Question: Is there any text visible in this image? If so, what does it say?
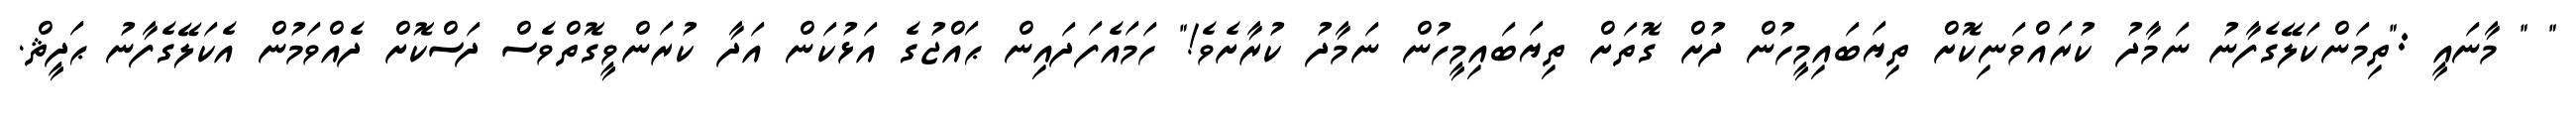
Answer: " " މާނައީ :"ތިމަންކަލޭގެފާނު ނަމާދު ކުރައްވަނިކޮށް ތިޔަބައިމީހުން ދުށް ގޮތަށް ތިޔަބައިމީހުން ނަމާދު ކުރާށެވެ!" ހަމައެފަދައިން ޙައްޖުގެ އަޅުކަން އަދާ ކުރަންވީގޮތްވެސް ދަސްކޮށް ދެއްވަމުން އެކަލޭގެފާނު ޙަދީޘް.